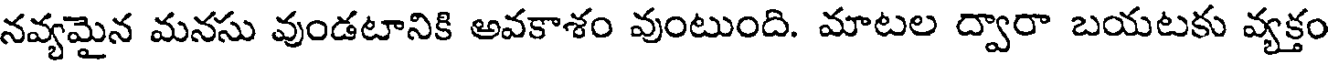
నవ్యమైన మనసు వుండటానికి అవకాశం వుంటుంది. మాటల ద్వారా బయటకు వ్యక్తం